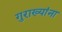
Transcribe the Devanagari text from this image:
गुराख्यांना